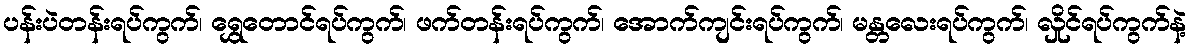
ပန်းပဲတန်းရပ်ကွက်၊ ရွှေတောင်ရပ်ကွက်၊ ဖက်တန်းရပ်ကွက်၊ အောက်ကျင်းရပ်ကွက်၊ မန္တလေးရပ်ကွက်၊ လှိုင်ရပ်ကွက်နဲ့